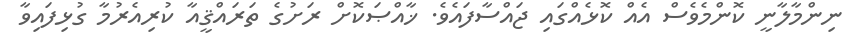
ނިންމާލާނީ ކޮންމެވެސް އެއް ކޮޅެއްގައި ޖައްސާފައެވެ. ޚާއްޞަކޮށް ރަށުގެ ތަރައްޤީއާ ކުރިއެރުމާ ގުޅިފައިވާ